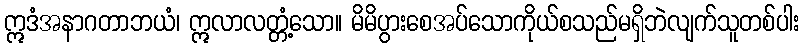
ဣဒံအနာဂတာဘယံ၊ ဣလာလတ္တံ့သော။ မိမိပွားစေအပ်သောကိုယ်စသည်မရှိဘဲလျက်သူတစ်ပါး